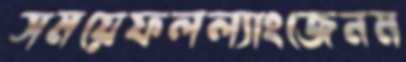
সময়েফলল্যাংজেনম